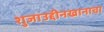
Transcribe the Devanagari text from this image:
शुजाउद्दीनखानाचा